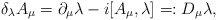
\begin{align*}\delta_\lambda A_\mu = \partial_\mu\lambda - i[A_\mu,\lambda]=:D_\mu\lambda, \end{align*}